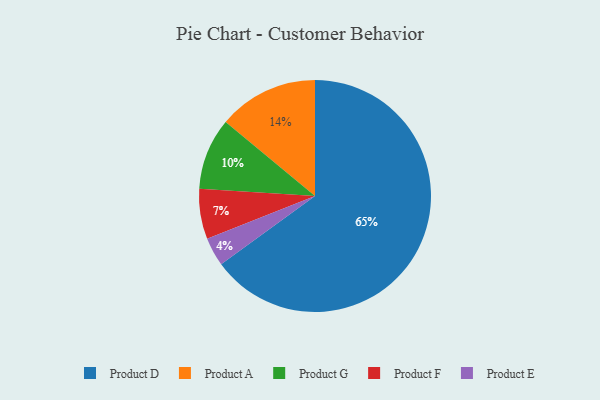
{"axis": {"x": "Category", "y": "Percentage"}, "legend": ["Product A", "Product D", "Product E", "Product F", "Product G"], "data": [{"x": "Product A", "y": 14, "type": "Product A"}, {"x": "Product E", "y": 4, "type": "Product E"}, {"x": "Product G", "y": 10, "type": "Product G"}, {"x": "Product D", "y": 65, "type": "Product D"}, {"x": "Product F", "y": 7, "type": "Product F"}]}